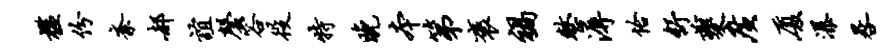
槛份紊郝谊磬容役特晚本第褒祸整溽恰舒夔广厦瀑晷